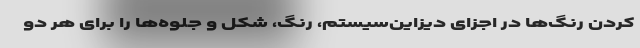
کردن رنگ‌ها در اجزای دیزاین‌سیستم، رنگ، شکل و جلوه‌ها را برای هر دو